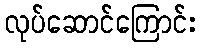
လုပ်ဆောင်ကြောင်း